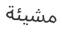
مشيئة